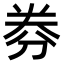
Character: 𠝂